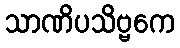
သာဏိပသိဗ္ဗကေ